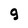
Character: 9